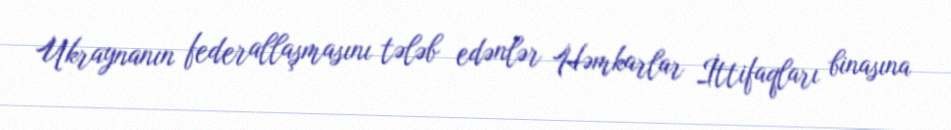
Ukraynanın federallaşmasını tələb edənlər Həmkarlar İttifaqları binasına